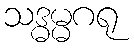
သဒ္ဓမ္မဂရု